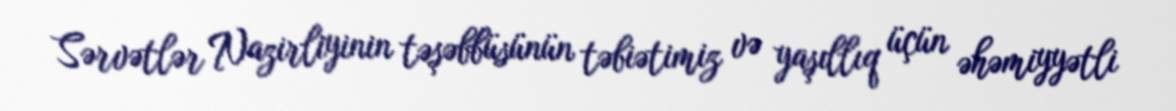
Sərvətlər Nazirliyinin təşəbbüsünün təbiətimiz və yaşıllıq üçün əhəmiyyətli